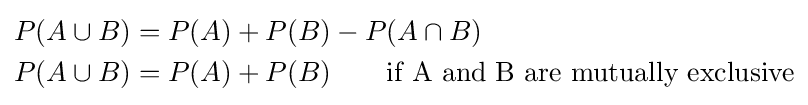
{\begin{aligned}P(A\cup B)&=P(A)+P(B)-P(A\cap B)\\P(A\cup B)&=P(A)+P(B)\qquad {\mbox{if A and B are mutually exclusive}}\\\end{aligned}}